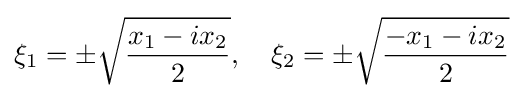
\xi _{1}=\pm {\sqrt {\frac {x_{1}-ix_{2}}{2}}},\quad \xi _{2}=\pm {\sqrt {\frac {-x_{1}-ix_{2}}{2}}}